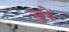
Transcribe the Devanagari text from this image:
चरें